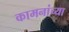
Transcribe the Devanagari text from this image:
कामनांच्या